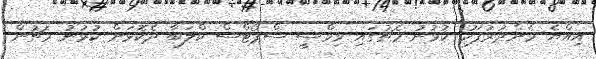
އިއްޔެ މެންދުރުފަހު ކުޅުނު މެޗުގައި ވިމްސީ ސްޕޯޓްސް ކްލަބާ ދެކޮޅަށް ކުޅުނު މެޗުން